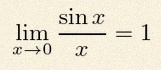
\lim_{x\to0}\frac{\sin x}{x}=1